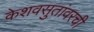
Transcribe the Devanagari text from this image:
केशवसुतांवरची